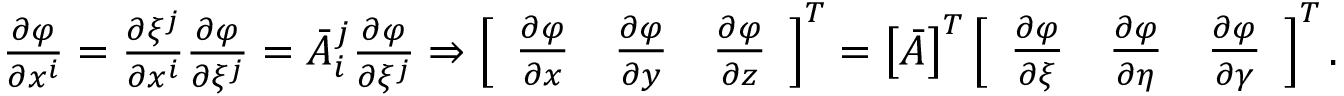
\begin{array} { r } { \frac { \partial \varphi } { \partial x ^ { i } } = \frac { \partial \xi ^ { j } } { \partial x ^ { i } } \frac { \partial \varphi } { \partial \xi ^ { j } } = \bar { A } _ { i } ^ { j } \frac { \partial \varphi } { \partial \xi ^ { j } } \Rightarrow \left[ \begin{array} { l l l } { \frac { \partial \varphi } { \partial x } } & { \frac { \partial \varphi } { \partial y } } & { \frac { \partial \varphi } { \partial z } } \end{array} \right] ^ { T } = \left[ \boldsymbol { \bar { A } } \right] ^ { T } \left[ \begin{array} { l l l } { \frac { \partial \varphi } { \partial \xi } } & { \frac { \partial \varphi } { \partial \eta } } & { \frac { \partial \varphi } { \partial \gamma } } \end{array} \right] ^ { T } . } \end{array}